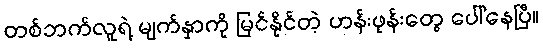
တစ်ဘက်လူရဲ့ မျက်နှာကို မြင်နိုင်တဲ့ ဟန်းဖုန်းတွေ ပေါ်နေပြီ။